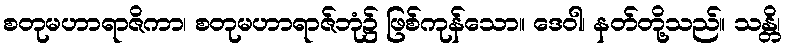
စတုမဟာရာဇိကာ၊ စတုမဟာရာဇ်ဘုံ၌ ဖြစ်ကုန်သော။ ဒေဝါ၊ နတ်တို့သည်။ သန္တိ၊